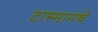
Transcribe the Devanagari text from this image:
टास्मानचे